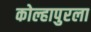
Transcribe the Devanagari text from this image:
कोल्हापुरला